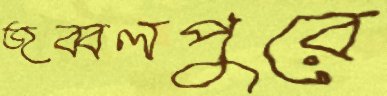
জব্বলপুরে